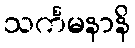
သင်္ကမနာနိ